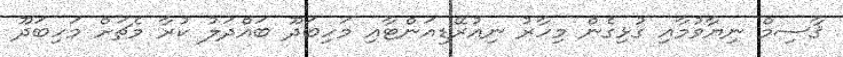
ޤާސިމް ނިޔާވުމާއި ގުޅިގެން މިހާރު ނިއުރޭޑިއަންޓާއި މަހިބަދޫ ބައްދަލު ކުރާ މެޗަށް މަހިބަދޫ